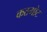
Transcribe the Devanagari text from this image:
कठगोट